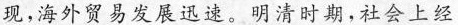
现，海外贸易发展迅速。明清时期，社会上经